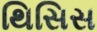
થિસિસ